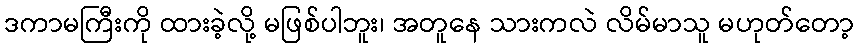
ဒကာမကြီးကို ထားခဲ့လို့ မဖြစ်ပါဘူး၊ အတူနေ သားကလဲ လိမ်မာသူ မဟုတ်တော့